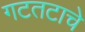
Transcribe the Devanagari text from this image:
गटतटाचे